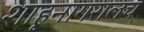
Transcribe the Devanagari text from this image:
शाहूनागरालच